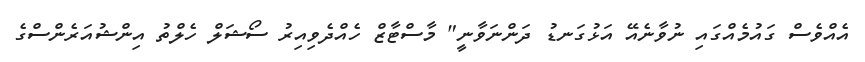
އެއްވެސް ގައުމެއްގައި ނުވާނެއޭ އަޅުގަނޑު ދަންނަވާނީ" މާސްޓާޒް ހެއްދެވިއިރު ސޯޝަލް ހެލްތު އިންޝުއަރެންސްގެ